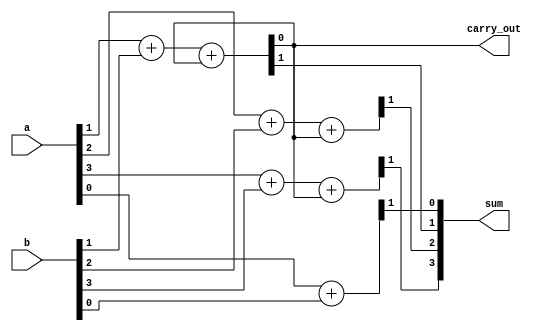
module ripple_carry_adder (
    input [3:0] a,
    input [3:0] b,
    output [3:0] sum,
    output carry_out
);

// First arithmetic block
assign {sum[0], carry_out} = a[0] + b[0];

// Second arithmetic block
assign {sum[1], carry_out} = a[1] + b[1] + carry_out;

// Third arithmetic block
assign {sum[2], carry_out} = a[2] + b[2] + carry_out;

// Fourth arithmetic block
assign {sum[3], carry_out} = a[3] + b[3] + carry_out;

endmodule